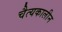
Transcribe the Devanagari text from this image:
चैत्यकालीन